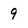
Character: 9